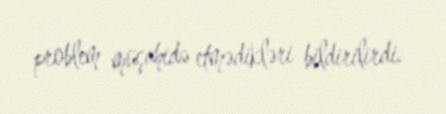
problem müşahidə etmədikləri bildirilirdi.